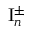
\mathrm { I } _ { n } ^ { \pm }